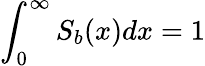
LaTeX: \int_{0}^{\infty}S_{b}(x)dx=1